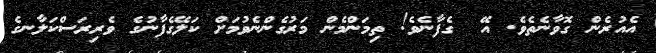
އެއުރެން ގޮވާނެތެވެ. އޭ  ގެފާނެވެ! ތިމަންމެން މަރުގެންނެވުމަށް ކަލޭގެފާނުގެ ވެރިރަސްކަލާނގެ